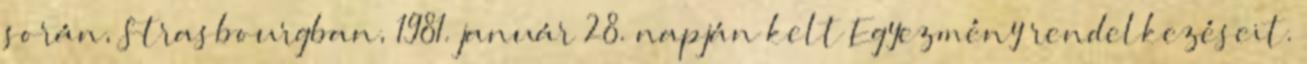
során, Strasbourgban, 1981. január 28. napján kelt Egyezmény rendelkezéseit.